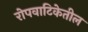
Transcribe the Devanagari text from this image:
रोपवाटिकेतील